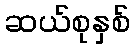
ဆယ်စုနှစ်